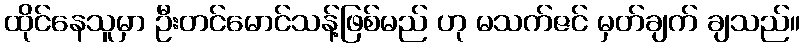
ထိုင်နေသူမှာ ဦးတင်မောင်သန့်ဖြစ်မည် ဟု မသက်ဇင် မှတ်ချက် ချသည်။